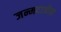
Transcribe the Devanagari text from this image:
जन्मदात्रीस